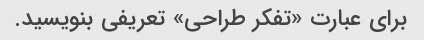
برای عبارت «تفکر طراحی» تعریفی بنویسید.